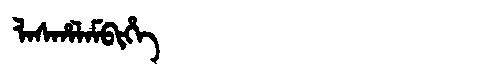
Manchu: ᠯᠠᠰᡥᠠᠯᠠᠮᠪᡳᡥᡝ
Romanization: LASHALAMBIHE